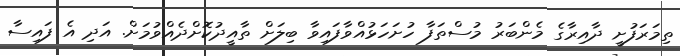
ތިމަރަފުށީ ދާއިރާގެ މެންބަރު މުސްތަފާ ހުށަހަޅުއްވާފައިވާ ބިލަށް ތާއީދުކޮށްދެއްވުމަށް. އަދި އެ ފައިސާ